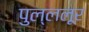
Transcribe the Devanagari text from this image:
पुल्ललूर